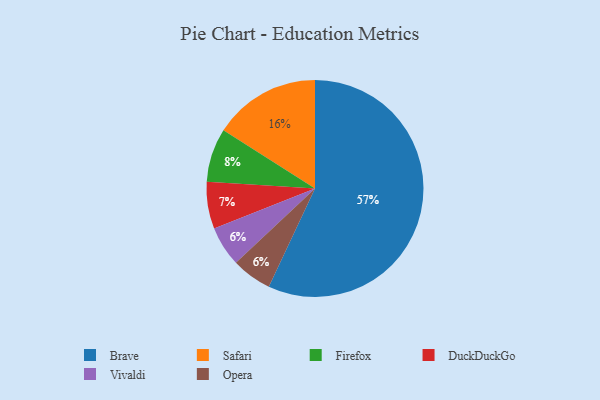
{"axis": {"x": "Category", "y": "Percentage"}, "legend": ["Brave", "DuckDuckGo", "Firefox", "Opera", "Safari", "Vivaldi"], "data": [{"x": "DuckDuckGo", "y": 7, "type": "DuckDuckGo"}, {"x": "Vivaldi", "y": 6, "type": "Vivaldi"}, {"x": "Opera", "y": 6, "type": "Opera"}, {"x": "Safari", "y": 16, "type": "Safari"}, {"x": "Brave", "y": 57, "type": "Brave"}, {"x": "Firefox", "y": 8, "type": "Firefox"}]}